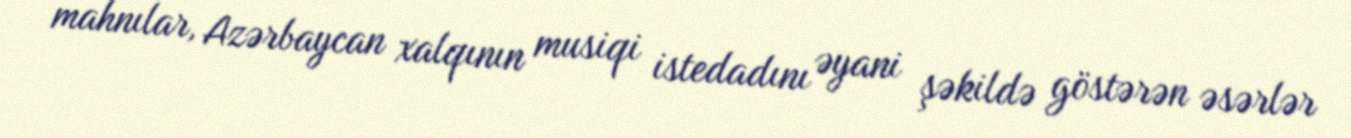
mahnılar, Azərbaycan xalqının musiqi istedadını əyani şəkildə göstərən əsərlər